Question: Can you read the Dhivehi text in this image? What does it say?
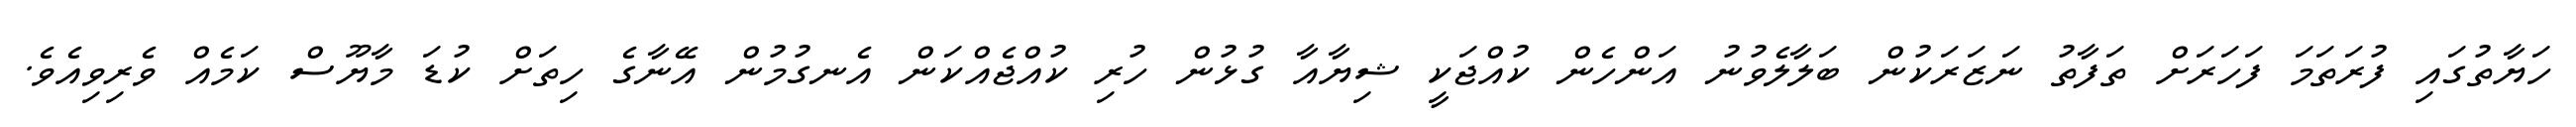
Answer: ހަޔާތުގައި ފުރަތަމަ ފަހަރަށް ތަފާތު ނަޒަރަކުން ބަލާލެވުނު އަންހެން ކުއްޖަކީ ޝިޔާއާ ގުޅުން ހުރި ކުއްޖެއްކަން އެނގުމުން އޭނާގެ ހިތަށް ކުޑަ މާޔޫސް ކަމެއް ވެރިވިއެވެ.